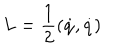
L = \frac { 1 } { 2 } ( \dot { q } , \dot { q } )